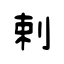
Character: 剌